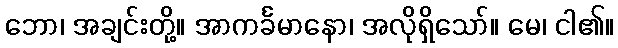
ဘော၊ အချင်းတို့။ အာကင်္ခမာနော၊ အလိုရှိသော်။ မေ၊ ငါ၏။